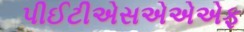
પીઈટીએસએએએફ